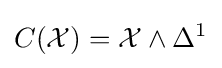
C({\mathcal {X}})={\mathcal {X}}\wedge \Delta ^{1}